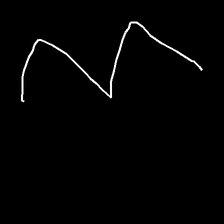
Glyph: crush